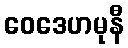
ဝေဒေဟမုနီ